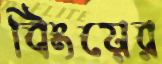
বিংয়ের